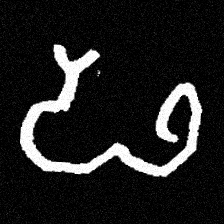
Pyu character \u2014 Myanmar letter: ဖ (romanized: pha)